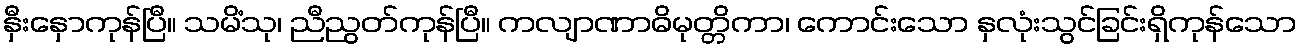
နှီးနှောကုန်ပြီ။ သမိံသု၊ ညီညွတ်ကုန်ပြီ။ ကလျာဏာဓိမုတ္တိကာ၊ ကောင်းသော နှလုံးသွင်ခြင်းရှိကုန်သော